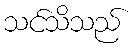
သင်သိသည်